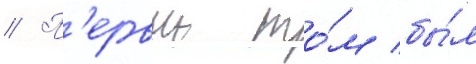
// П'ервыи то́м бы́л